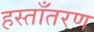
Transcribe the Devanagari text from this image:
हस्ताँतरण